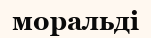
моральді